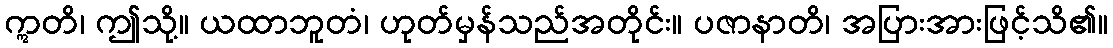
ဣတိ၊ ဤသို့။ ယထာဘူတံ၊ ဟုတ်မှန်သည်အတိုင်း။ ပဇာနာတိ၊ အပြားအားဖြင့်သိ၏။